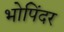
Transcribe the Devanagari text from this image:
भोपिंदर